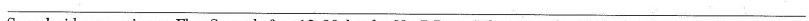
___